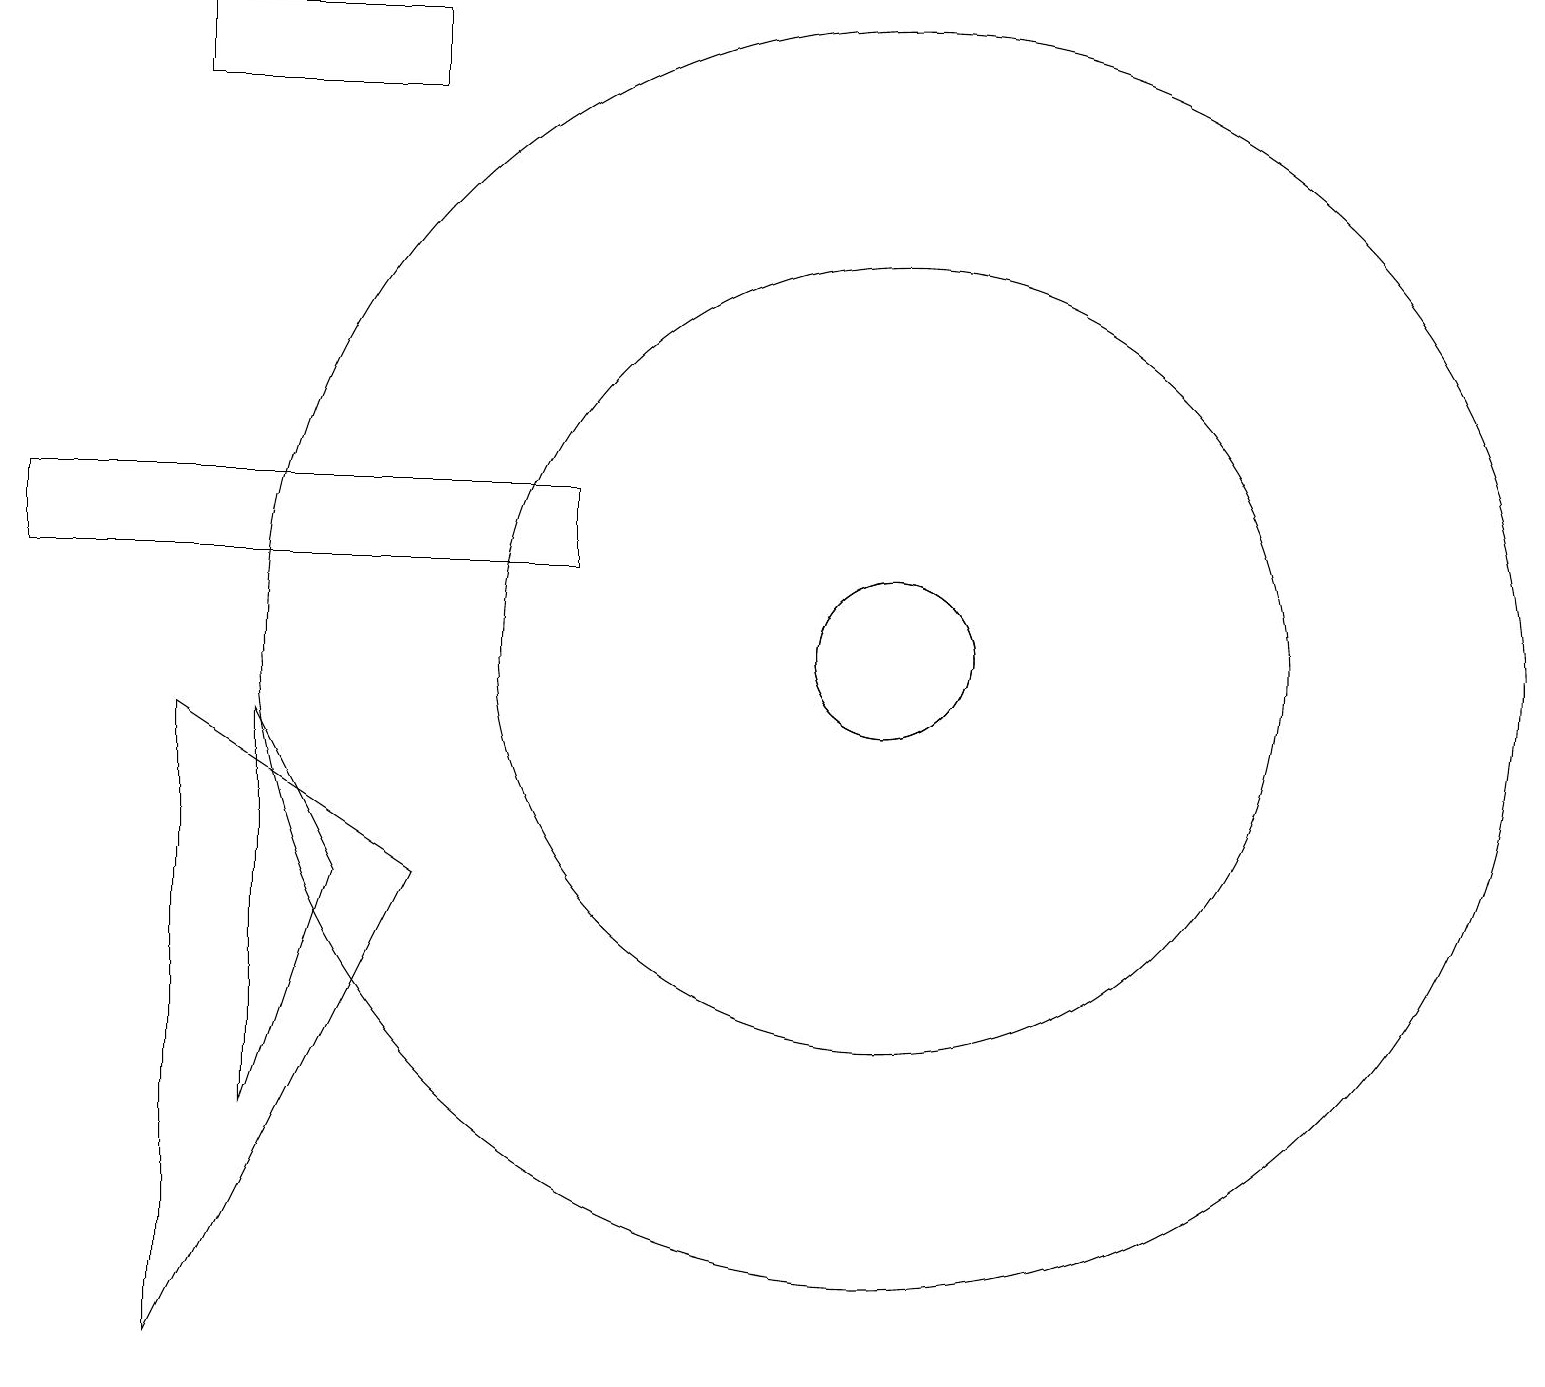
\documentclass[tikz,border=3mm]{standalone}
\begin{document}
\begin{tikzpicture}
\draw (11,10) circle (8);
\draw (11,10) circle (1);
\draw (11,10) circle (5);
\draw (4,7) -- (3,9) -- (3,4) -- cycle;
\draw (2,9) -- (5,7) -- (2,1) -- cycle;
\draw (11,10) circle (1);
\draw (5,18) rectangle (2,17);
\draw (0,11) rectangle (7,12);
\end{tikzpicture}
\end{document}